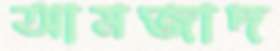
আমজাদ